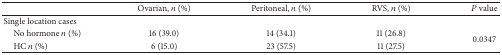
|  | Ovarian, n (%) | Peritoneal, n (%) | RVS, n (%) | P value |
 | --- | --- | --- | --- | --- |
 | Single location cases |  |  |  |  |
 | No hormone n (%) | 16 (39.0) | 14 (34.1) | 11 (26.8) | <ROWSPAN=2> 0.0347 |
 | HC n (%) | 6 (15.0) | 23 (57.5) | 11 (27.5) |